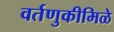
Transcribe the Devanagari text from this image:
वर्तणुकीमिळे